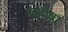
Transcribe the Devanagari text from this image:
जहोवा